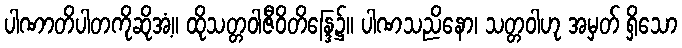
ပါဏာတိပါတကိုဆိုအံ့။ ထိုသတ္တဝါဇီဝိတိန္ဒြေ၌။ ပါဏသညိနော၊ သတ္တဝါဟု အမှတ် ရှိသော